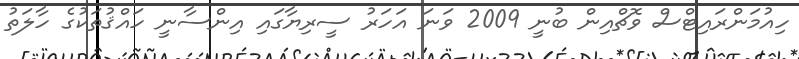
ހިއުމަންރައިޓްސް ވޮޗްއިން ބުނީ 2009 ވަނަ އަހަރު ސީރިޔާގައި އިންސާނީ ހައްޤުތަކުގެ ހާލަތު